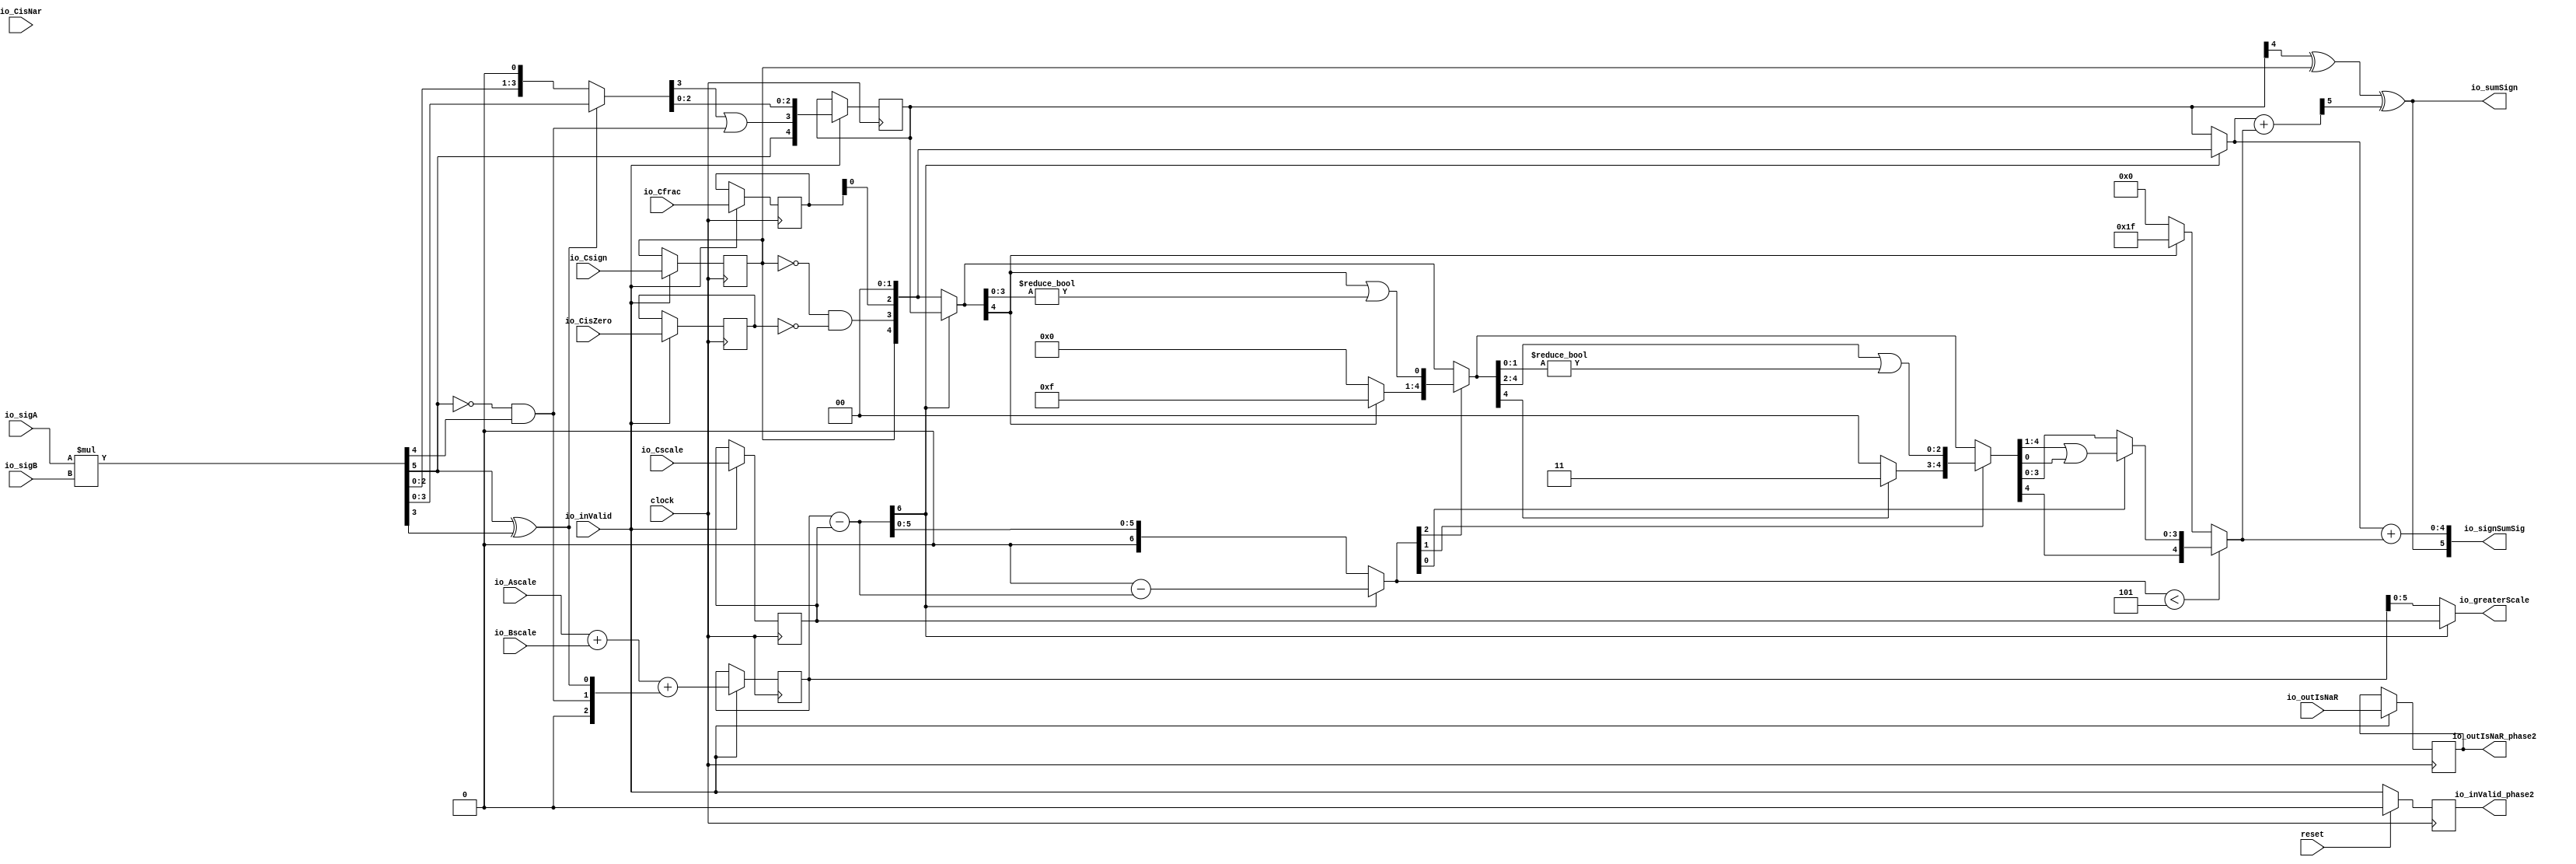
module FMA6_2(
  input        clock,
  input        reset,
  input        io_inValid,
  input  [2:0] io_sigA,
  input  [2:0] io_sigB,
  input        io_outIsNaR,
  input        io_Csign,
  input        io_CisNar,
  input        io_CisZero,
  input  [2:0] io_Cfrac,
  input  [5:0] io_Ascale,
  input  [5:0] io_Bscale,
  input  [5:0] io_Cscale,
  output [5:0] io_signSumSig,
  output [5:0] io_greaterScale,
  output       io_outIsNaR_phase2,
  output       io_sumSign,
  output       io_inValid_phase2
);
  wire [5:0] _T; // @[FMA.scala 43:28]
  wire [5:0] sigP; // @[FMA.scala 43:39]
  wire [1:0] head2; // @[FMA.scala 44:28]
  wire  _T_1; // @[FMA.scala 45:31]
  wire  _T_2; // @[FMA.scala 45:25]
  wire  _T_3; // @[FMA.scala 45:42]
  wire  addTwo; // @[FMA.scala 45:35]
  wire  _T_4; // @[FMA.scala 47:23]
  wire  _T_5; // @[FMA.scala 47:49]
  wire  addOne; // @[FMA.scala 47:43]
  wire [1:0] _T_6; // @[Cat.scala 29:58]
  wire [2:0] expBias; // @[FMA.scala 48:39]
  wire  mulSign; // @[FMA.scala 49:28]
  wire [6:0] _T_7; // @[FMA.scala 51:29]
  wire [6:0] _GEN_8; // @[FMA.scala 51:42]
  wire [6:0] _T_9; // @[FMA.scala 51:42]
  wire [6:0] mulScale; // @[FMA.scala 51:42]
  wire [3:0] _T_10; // @[FMA.scala 54:29]
  wire [2:0] _T_11; // @[FMA.scala 55:29]
  wire [3:0] _T_12; // @[FMA.scala 55:48]
  wire [3:0] mulSigTmp; // @[FMA.scala 52:22]
  wire  _T_14; // @[FMA.scala 59:39]
  wire  _T_15; // @[FMA.scala 59:43]
  wire [2:0] _T_16; // @[FMA.scala 60:39]
  wire [4:0] mulSig; // @[Cat.scala 29:58]
  reg  _T_19; // @[Reg.scala 15:16]
  reg [31:0] _RAND_0;
  reg [4:0] mulSig_phase2; // @[Reg.scala 15:16]
  reg [31:0] _RAND_1;
  reg [2:0] _T_25; // @[Reg.scala 15:16]
  reg [31:0] _RAND_2;
  reg [6:0] mulScale_phase2; // @[Reg.scala 15:16]
  reg [31:0] _RAND_3;
  reg [5:0] addScale_phase2; // @[Reg.scala 15:16]
  reg [31:0] _RAND_4;
  reg  addSign_phase2; // @[Reg.scala 15:16]
  reg [31:0] _RAND_5;
  reg  addZero_phase2; // @[Reg.scala 15:16]
  reg [31:0] _RAND_6;
  reg  _T_39; // @[Valid.scala 117:22]
  reg [31:0] _RAND_7;
  wire  _T_42; // @[FMA.scala 89:29]
  wire  _T_43; // @[FMA.scala 89:47]
  wire  _T_44; // @[FMA.scala 89:45]
  wire  addFrac_phase2; // @[FMA.scala 67:29 FMA.scala 76:19]
  wire [4:0] extAddSig; // @[Cat.scala 29:58]
  wire [6:0] _GEN_9; // @[FMA.scala 94:36]
  wire [6:0] _T_48; // @[FMA.scala 94:36]
  wire [6:0] scale_diff; // @[FMA.scala 94:36]
  wire  _T_49; // @[FMA.scala 95:43]
  wire  mulGreater; // @[FMA.scala 95:27]
  wire [6:0] _T_51; // @[FMA.scala 96:26]
  wire [6:0] _T_53; // @[FMA.scala 98:53]
  wire [6:0] _T_54; // @[FMA.scala 98:53]
  wire [6:0] sDiff; // @[FMA.scala 98:30]
  wire [4:0] greaterSig; // @[FMA.scala 99:26]
  wire [4:0] smallerSigTmp; // @[FMA.scala 100:26]
  wire [6:0] _T_55; // @[FMA.scala 101:65]
  wire  _T_56; // @[Shift.scala 39:24]
  wire [2:0] _T_57; // @[Shift.scala 40:44]
  wire  _T_58; // @[Shift.scala 90:30]
  wire [3:0] _T_59; // @[Shift.scala 90:48]
  wire  _T_60; // @[Shift.scala 90:57]
  wire  _T_61; // @[Shift.scala 90:39]
  wire  _T_62; // @[Shift.scala 12:21]
  wire  _T_63; // @[Shift.scala 12:21]
  wire [3:0] _T_65; // @[Bitwise.scala 71:12]
  wire [4:0] _T_66; // @[Cat.scala 29:58]
  wire [4:0] _T_67; // @[Shift.scala 91:22]
  wire [1:0] _T_68; // @[Shift.scala 92:77]
  wire [2:0] _T_69; // @[Shift.scala 90:30]
  wire [1:0] _T_70; // @[Shift.scala 90:48]
  wire  _T_71; // @[Shift.scala 90:57]
  wire [2:0] _GEN_10; // @[Shift.scala 90:39]
  wire [2:0] _T_72; // @[Shift.scala 90:39]
  wire  _T_73; // @[Shift.scala 12:21]
  wire  _T_74; // @[Shift.scala 12:21]
  wire [1:0] _T_76; // @[Bitwise.scala 71:12]
  wire [4:0] _T_77; // @[Cat.scala 29:58]
  wire [4:0] _T_78; // @[Shift.scala 91:22]
  wire  _T_79; // @[Shift.scala 92:77]
  wire [3:0] _T_80; // @[Shift.scala 90:30]
  wire  _T_81; // @[Shift.scala 90:48]
  wire [3:0] _GEN_11; // @[Shift.scala 90:39]
  wire [3:0] _T_83; // @[Shift.scala 90:39]
  wire  _T_85; // @[Shift.scala 12:21]
  wire [4:0] _T_86; // @[Cat.scala 29:58]
  wire [4:0] _T_87; // @[Shift.scala 91:22]
  wire [4:0] _T_90; // @[Bitwise.scala 71:12]
  wire [4:0] smallerSig; // @[Shift.scala 39:10]
  wire [5:0] rawSumSig; // @[FMA.scala 102:34]
  wire  _T_91; // @[FMA.scala 103:42]
  wire  _T_92; // @[FMA.scala 103:46]
  wire  _T_93; // @[FMA.scala 103:79]
  wire [4:0] _T_96; // @[FMA.scala 105:53]
  wire [5:0] _GEN_12; // @[FMA.scala 96:20]
  assign _T = $signed(io_sigA) * $signed(io_sigB); // @[FMA.scala 43:28]
  assign sigP = $unsigned(_T); // @[FMA.scala 43:39]
  assign head2 = sigP[5:4]; // @[FMA.scala 44:28]
  assign _T_1 = head2[1]; // @[FMA.scala 45:31]
  assign _T_2 = ~ _T_1; // @[FMA.scala 45:25]
  assign _T_3 = head2[0]; // @[FMA.scala 45:42]
  assign addTwo = _T_2 & _T_3; // @[FMA.scala 45:35]
  assign _T_4 = sigP[5]; // @[FMA.scala 47:23]
  assign _T_5 = sigP[3]; // @[FMA.scala 47:49]
  assign addOne = _T_4 ^ _T_5; // @[FMA.scala 47:43]
  assign _T_6 = {addTwo,addOne}; // @[Cat.scala 29:58]
  assign expBias = {1'b0,$signed(_T_6)}; // @[FMA.scala 48:39]
  assign mulSign = sigP[5:5]; // @[FMA.scala 49:28]
  assign _T_7 = $signed(io_Ascale) + $signed(io_Bscale); // @[FMA.scala 51:29]
  assign _GEN_8 = {{4{expBias[2]}},expBias}; // @[FMA.scala 51:42]
  assign _T_9 = $signed(_T_7) + $signed(_GEN_8); // @[FMA.scala 51:42]
  assign mulScale = $signed(_T_9); // @[FMA.scala 51:42]
  assign _T_10 = sigP[3:0]; // @[FMA.scala 54:29]
  assign _T_11 = sigP[2:0]; // @[FMA.scala 55:29]
  assign _T_12 = {_T_11, 1'h0}; // @[FMA.scala 55:48]
  assign mulSigTmp = addOne ? _T_10 : _T_12; // @[FMA.scala 52:22]
  assign _T_14 = mulSigTmp[3:3]; // @[FMA.scala 59:39]
  assign _T_15 = _T_14 | addTwo; // @[FMA.scala 59:43]
  assign _T_16 = mulSigTmp[2:0]; // @[FMA.scala 60:39]
  assign mulSig = {mulSign,_T_15,_T_16}; // @[Cat.scala 29:58]
  assign _T_42 = ~ addSign_phase2; // @[FMA.scala 89:29]
  assign _T_43 = ~ addZero_phase2; // @[FMA.scala 89:47]
  assign _T_44 = _T_42 & _T_43; // @[FMA.scala 89:45]
  assign addFrac_phase2 = _T_25[0]; // @[FMA.scala 67:29 FMA.scala 76:19]
  assign extAddSig = {addSign_phase2,_T_44,addFrac_phase2,2'h0}; // @[Cat.scala 29:58]
  assign _GEN_9 = {{1{addScale_phase2[5]}},addScale_phase2}; // @[FMA.scala 94:36]
  assign _T_48 = $signed(mulScale_phase2) - $signed(_GEN_9); // @[FMA.scala 94:36]
  assign scale_diff = $signed(_T_48); // @[FMA.scala 94:36]
  assign _T_49 = scale_diff[6:6]; // @[FMA.scala 95:43]
  assign mulGreater = ~ _T_49; // @[FMA.scala 95:27]
  assign _T_51 = mulGreater ? $signed(mulScale_phase2) : $signed({{1{addScale_phase2[5]}},addScale_phase2}); // @[FMA.scala 96:26]
  assign _T_53 = $signed(7'sh0) - $signed(scale_diff); // @[FMA.scala 98:53]
  assign _T_54 = $signed(_T_53); // @[FMA.scala 98:53]
  assign sDiff = mulGreater ? $signed(scale_diff) : $signed(_T_54); // @[FMA.scala 98:30]
  assign greaterSig = mulGreater ? mulSig_phase2 : extAddSig; // @[FMA.scala 99:26]
  assign smallerSigTmp = mulGreater ? extAddSig : mulSig_phase2; // @[FMA.scala 100:26]
  assign _T_55 = $unsigned(sDiff); // @[FMA.scala 101:65]
  assign _T_56 = _T_55 < 7'h5; // @[Shift.scala 39:24]
  assign _T_57 = _T_55[2:0]; // @[Shift.scala 40:44]
  assign _T_58 = smallerSigTmp[4:4]; // @[Shift.scala 90:30]
  assign _T_59 = smallerSigTmp[3:0]; // @[Shift.scala 90:48]
  assign _T_60 = _T_59 != 4'h0; // @[Shift.scala 90:57]
  assign _T_61 = _T_58 | _T_60; // @[Shift.scala 90:39]
  assign _T_62 = _T_57[2]; // @[Shift.scala 12:21]
  assign _T_63 = smallerSigTmp[4]; // @[Shift.scala 12:21]
  assign _T_65 = _T_63 ? 4'hf : 4'h0; // @[Bitwise.scala 71:12]
  assign _T_66 = {_T_65,_T_61}; // @[Cat.scala 29:58]
  assign _T_67 = _T_62 ? _T_66 : smallerSigTmp; // @[Shift.scala 91:22]
  assign _T_68 = _T_57[1:0]; // @[Shift.scala 92:77]
  assign _T_69 = _T_67[4:2]; // @[Shift.scala 90:30]
  assign _T_70 = _T_67[1:0]; // @[Shift.scala 90:48]
  assign _T_71 = _T_70 != 2'h0; // @[Shift.scala 90:57]
  assign _GEN_10 = {{2'd0}, _T_71}; // @[Shift.scala 90:39]
  assign _T_72 = _T_69 | _GEN_10; // @[Shift.scala 90:39]
  assign _T_73 = _T_68[1]; // @[Shift.scala 12:21]
  assign _T_74 = _T_67[4]; // @[Shift.scala 12:21]
  assign _T_76 = _T_74 ? 2'h3 : 2'h0; // @[Bitwise.scala 71:12]
  assign _T_77 = {_T_76,_T_72}; // @[Cat.scala 29:58]
  assign _T_78 = _T_73 ? _T_77 : _T_67; // @[Shift.scala 91:22]
  assign _T_79 = _T_68[0:0]; // @[Shift.scala 92:77]
  assign _T_80 = _T_78[4:1]; // @[Shift.scala 90:30]
  assign _T_81 = _T_78[0:0]; // @[Shift.scala 90:48]
  assign _GEN_11 = {{3'd0}, _T_81}; // @[Shift.scala 90:39]
  assign _T_83 = _T_80 | _GEN_11; // @[Shift.scala 90:39]
  assign _T_85 = _T_78[4]; // @[Shift.scala 12:21]
  assign _T_86 = {_T_85,_T_83}; // @[Cat.scala 29:58]
  assign _T_87 = _T_79 ? _T_86 : _T_78; // @[Shift.scala 91:22]
  assign _T_90 = _T_63 ? 5'h1f : 5'h0; // @[Bitwise.scala 71:12]
  assign smallerSig = _T_56 ? _T_87 : _T_90; // @[Shift.scala 39:10]
  assign rawSumSig = greaterSig + smallerSig; // @[FMA.scala 102:34]
  assign _T_91 = mulSig_phase2[4:4]; // @[FMA.scala 103:42]
  assign _T_92 = _T_91 ^ addSign_phase2; // @[FMA.scala 103:46]
  assign _T_93 = rawSumSig[5:5]; // @[FMA.scala 103:79]
  assign _T_96 = greaterSig + smallerSig; // @[FMA.scala 105:53]
  assign io_signSumSig = {io_sumSign,_T_96}; // @[FMA.scala 105:20]
  assign _GEN_12 = _T_51[5:0]; // @[FMA.scala 96:20]
  assign io_greaterScale = $signed(_GEN_12); // @[FMA.scala 96:20]
  assign io_outIsNaR_phase2 = _T_19; // @[FMA.scala 74:22]
  assign io_sumSign = _T_92 ^ _T_93; // @[FMA.scala 103:20]
  assign io_inValid_phase2 = _T_39; // @[FMA.scala 81:22]
`ifdef RANDOMIZE_GARBAGE_ASSIGN
`define RANDOMIZE
`endif
`ifdef RANDOMIZE_INVALID_ASSIGN
`define RANDOMIZE
`endif
`ifdef RANDOMIZE_REG_INIT
`define RANDOMIZE
`endif
`ifdef RANDOMIZE_MEM_INIT
`define RANDOMIZE
`endif
`ifndef RANDOM
`define RANDOM $random
`endif
`ifdef RANDOMIZE_MEM_INIT
  integer initvar;
`endif
initial begin
  `ifdef RANDOMIZE
    `ifdef INIT_RANDOM
      `INIT_RANDOM
    `endif
    `ifndef VERILATOR
      `ifdef RANDOMIZE_DELAY
        #`RANDOMIZE_DELAY begin end
      `else
        #0.002 begin end
      `endif
    `endif
  `ifdef RANDOMIZE_REG_INIT
  _RAND_0 = {1{`RANDOM}};
  _T_19 = _RAND_0[0:0];
  `endif // RANDOMIZE_REG_INIT
  `ifdef RANDOMIZE_REG_INIT
  _RAND_1 = {1{`RANDOM}};
  mulSig_phase2 = _RAND_1[4:0];
  `endif // RANDOMIZE_REG_INIT
  `ifdef RANDOMIZE_REG_INIT
  _RAND_2 = {1{`RANDOM}};
  _T_25 = _RAND_2[2:0];
  `endif // RANDOMIZE_REG_INIT
  `ifdef RANDOMIZE_REG_INIT
  _RAND_3 = {1{`RANDOM}};
  mulScale_phase2 = _RAND_3[6:0];
  `endif // RANDOMIZE_REG_INIT
  `ifdef RANDOMIZE_REG_INIT
  _RAND_4 = {1{`RANDOM}};
  addScale_phase2 = _RAND_4[5:0];
  `endif // RANDOMIZE_REG_INIT
  `ifdef RANDOMIZE_REG_INIT
  _RAND_5 = {1{`RANDOM}};
  addSign_phase2 = _RAND_5[0:0];
  `endif // RANDOMIZE_REG_INIT
  `ifdef RANDOMIZE_REG_INIT
  _RAND_6 = {1{`RANDOM}};
  addZero_phase2 = _RAND_6[0:0];
  `endif // RANDOMIZE_REG_INIT
  `ifdef RANDOMIZE_REG_INIT
  _RAND_7 = {1{`RANDOM}};
  _T_39 = _RAND_7[0:0];
  `endif // RANDOMIZE_REG_INIT
  `endif // RANDOMIZE
end
  always @(posedge clock) begin
    if (io_inValid) begin
      _T_19 <= io_outIsNaR;
    end
    if (io_inValid) begin
      mulSig_phase2 <= mulSig;
    end
    if (io_inValid) begin
      _T_25 <= io_Cfrac;
    end
    if (io_inValid) begin
      mulScale_phase2 <= mulScale;
    end
    if (io_inValid) begin
      addScale_phase2 <= io_Cscale;
    end
    if (io_inValid) begin
      addSign_phase2 <= io_Csign;
    end
    if (io_inValid) begin
      addZero_phase2 <= io_CisZero;
    end
    if (reset) begin
      _T_39 <= 1'h0;
    end else begin
      _T_39 <= io_inValid;
    end
  end
endmodule